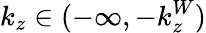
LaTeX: k_{z}\in(-\infty,-k_{z}^{W})